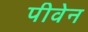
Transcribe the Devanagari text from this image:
पीवेन